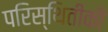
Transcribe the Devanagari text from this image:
परिस्थितीकी